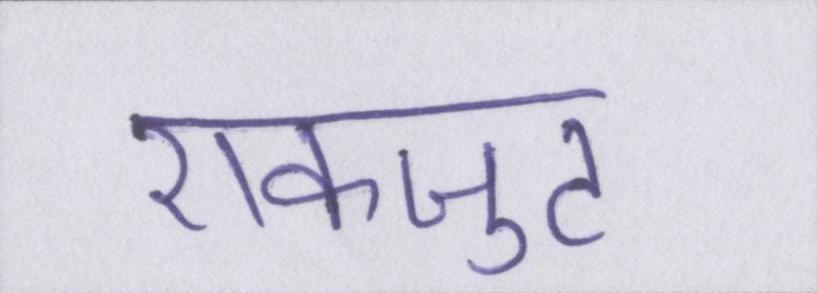
एकजुट